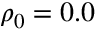
\rho _ { 0 } = 0 . 0